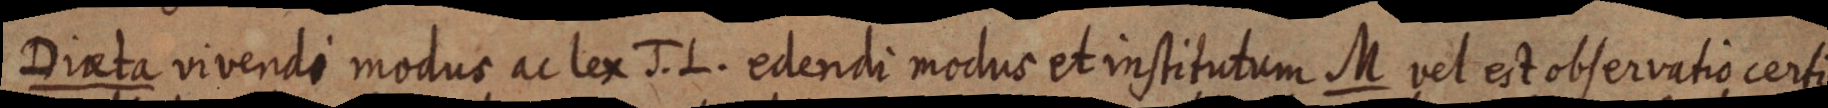
Direta vivendi modus ac lex J. L. edendi modus et institutum M vel est observatio certi